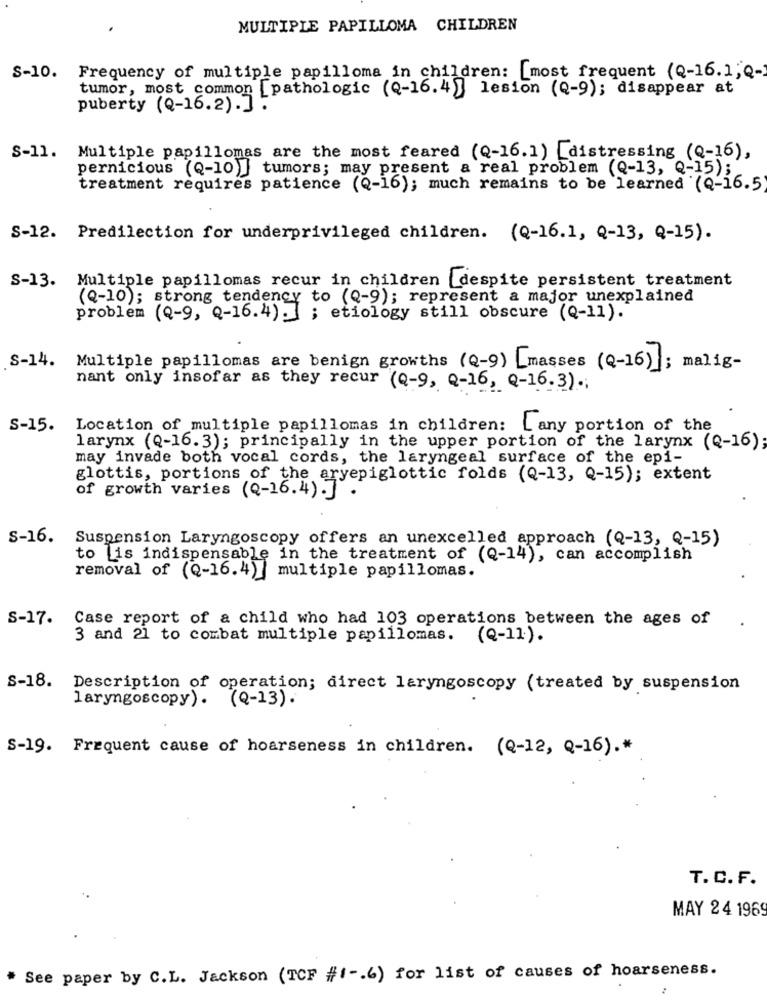
MULTIPLE PAPILLOMA CHILDREN
S-10. Frequency of multiple papilloma in children: [most frequent (Q-16.1; Q-
tumor, most common [pathologic (Q-16.4] lesion (Q-9); disappear at
puberty (Q-16.2).] .
S-11. Multiple papillomas are the most feared (Q-16.1) [distressing (Q-16),
pernicious (Q-10 )] tumors; may present a real problem (Q-13, Q-15);
treatment requires patience (Q-16); much remains to be learned (Q-16.5
S-12. Predilection for underprivileged children. (Q-16.1, Q-13, Q-15).
S-13. Multiple papillomas recur in children despite persistent treatment
(Q-10); strong tendency to (Q-9); represent a major unexplained
problem (Q-9, Q-16.4). ; etiology still obscure (Q-11).
S-14.
Multiple papillomas are benign growths (Q-9) [masses (Q-16)];
malig-
nant only insofar as they recur (Q-9, Q-16, Q-16.3) .;
S-15.
Location of multiple papillomas in children: Lany portion of the
larynx (Q-16.3); principally in the upper portion of the larynx (Q-16);
may invade both vocal cords, the laryngeal surface of the epi-
glottis, portions of the aryepiglottic folds (Q-13, Q-15); extent
of growth varies (Q-16.4) .] .
S-16.
Suspension Laryngoscopy offers an unexcelled approach (Q-13, Q-15)
to Lis indispensable in the treatment of (Q-14), can accomplish
removal of (Q-16.4) ] multiple papillomas.
S-17. Case report of a child who had 103 operations between the ages of
3 and 21 to combat multiple papillomas.
(Q-11).
S-18. Description of operation; direct laryngoscopy (treated by suspension
laryngoscopy). (Q-13).
S-19. Frequent cause of hoarseness in children. (Q-12, Q-16) .*
T. C. F.
MAY 24 1969
See paper by C.L. Jackson (TCF #1 -. 6) for list of causes of hoarseness.